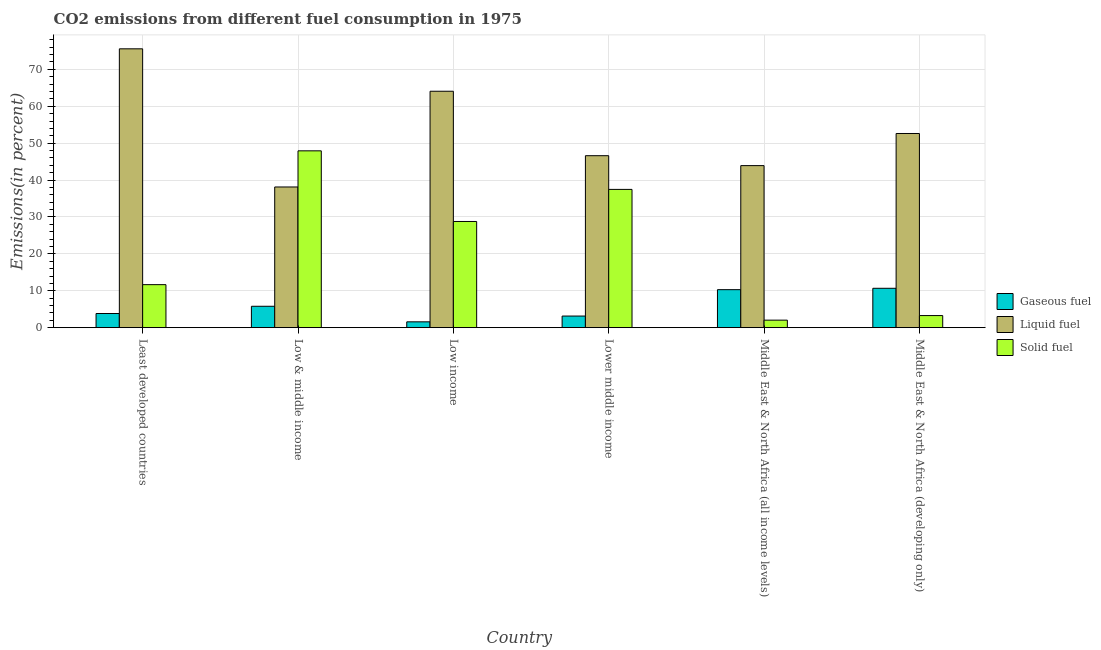
| Country | Gaseous fuel | Liquid fuel | Solid fuel |
 | --- | --- | --- | --- |
 | Least developed countries | 3.84 | 75.6 | 11.7 |
 | Low & middle income | 5.8 | 38.1 | 47.9 |
 | Low income | 1.58 | 64.1 | 28.8 |
 | Lower middle income | 3.15 | 46.6 | 37.5 |
 | Middle East & North Africa (all income levels) | 10.3 | 43.9 | 2.04 |
 | Middle East & North Africa (developing only) | 10.7 | 52.6 | 3.28 |